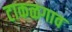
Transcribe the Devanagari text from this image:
टाकळगाव